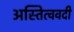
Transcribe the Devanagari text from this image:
अस्तित्ववदी